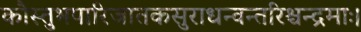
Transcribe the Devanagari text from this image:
कौस्तुभपारिजातकसुराधन्वन्तरिश्चन्द्रमाः।